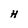
Character: H